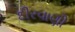
દીરવાણી